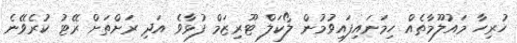
ހުރިހާ މައުލޫމާތެއް ހިމަނައިފައިވުމުން ލޯކަލް ޓޫރިޒަމް ފުޅާވެ އަދި ރަށްތަށް ރޭޓު ކުރެވޭނެ